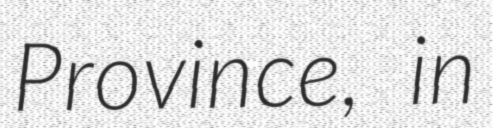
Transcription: Province, in